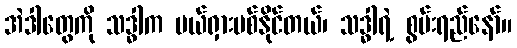
အဲဒါတွေကို သဒ္ဓါက ပယ်ရှားပစ်နိုင်တယ်၊ သဒ္ဓါရဲ့ စွမ်းရည်နော်။